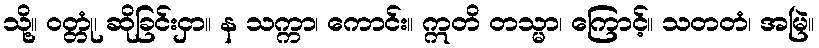
သို့။ ဝတ္တုံ၊ ဆိုခြင်းငှာ။ န သက္ကာ၊ ကောင်း။ ဣတိ တသ္မာ၊ ကြောင့်။ သတတံ၊ အမြဲ။